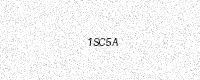
Text: 1SC5A